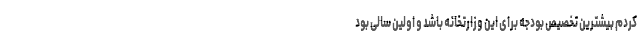
کردم بیشترین تخصیص بودجه برای این وزارتخانه باشد و اولین سالی بود